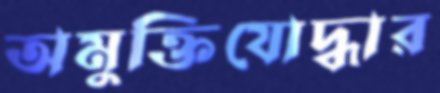
অমুক্তিযোদ্ধার